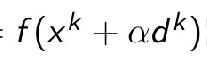
\[ f(x^{k}+\alpha d^{k}) \]